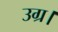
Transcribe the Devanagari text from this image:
उग्र।